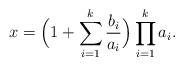
LaTeX: \begin{align*} x= \Bigl( 1+ \sum_{i=1}^k\frac{b_i}{a_i} \Bigr) \prod_{i=1}^k a_i .\end{align*}